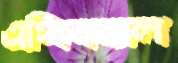
এথিক্যাল